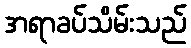
အရာခပ်သိမ်းသည်